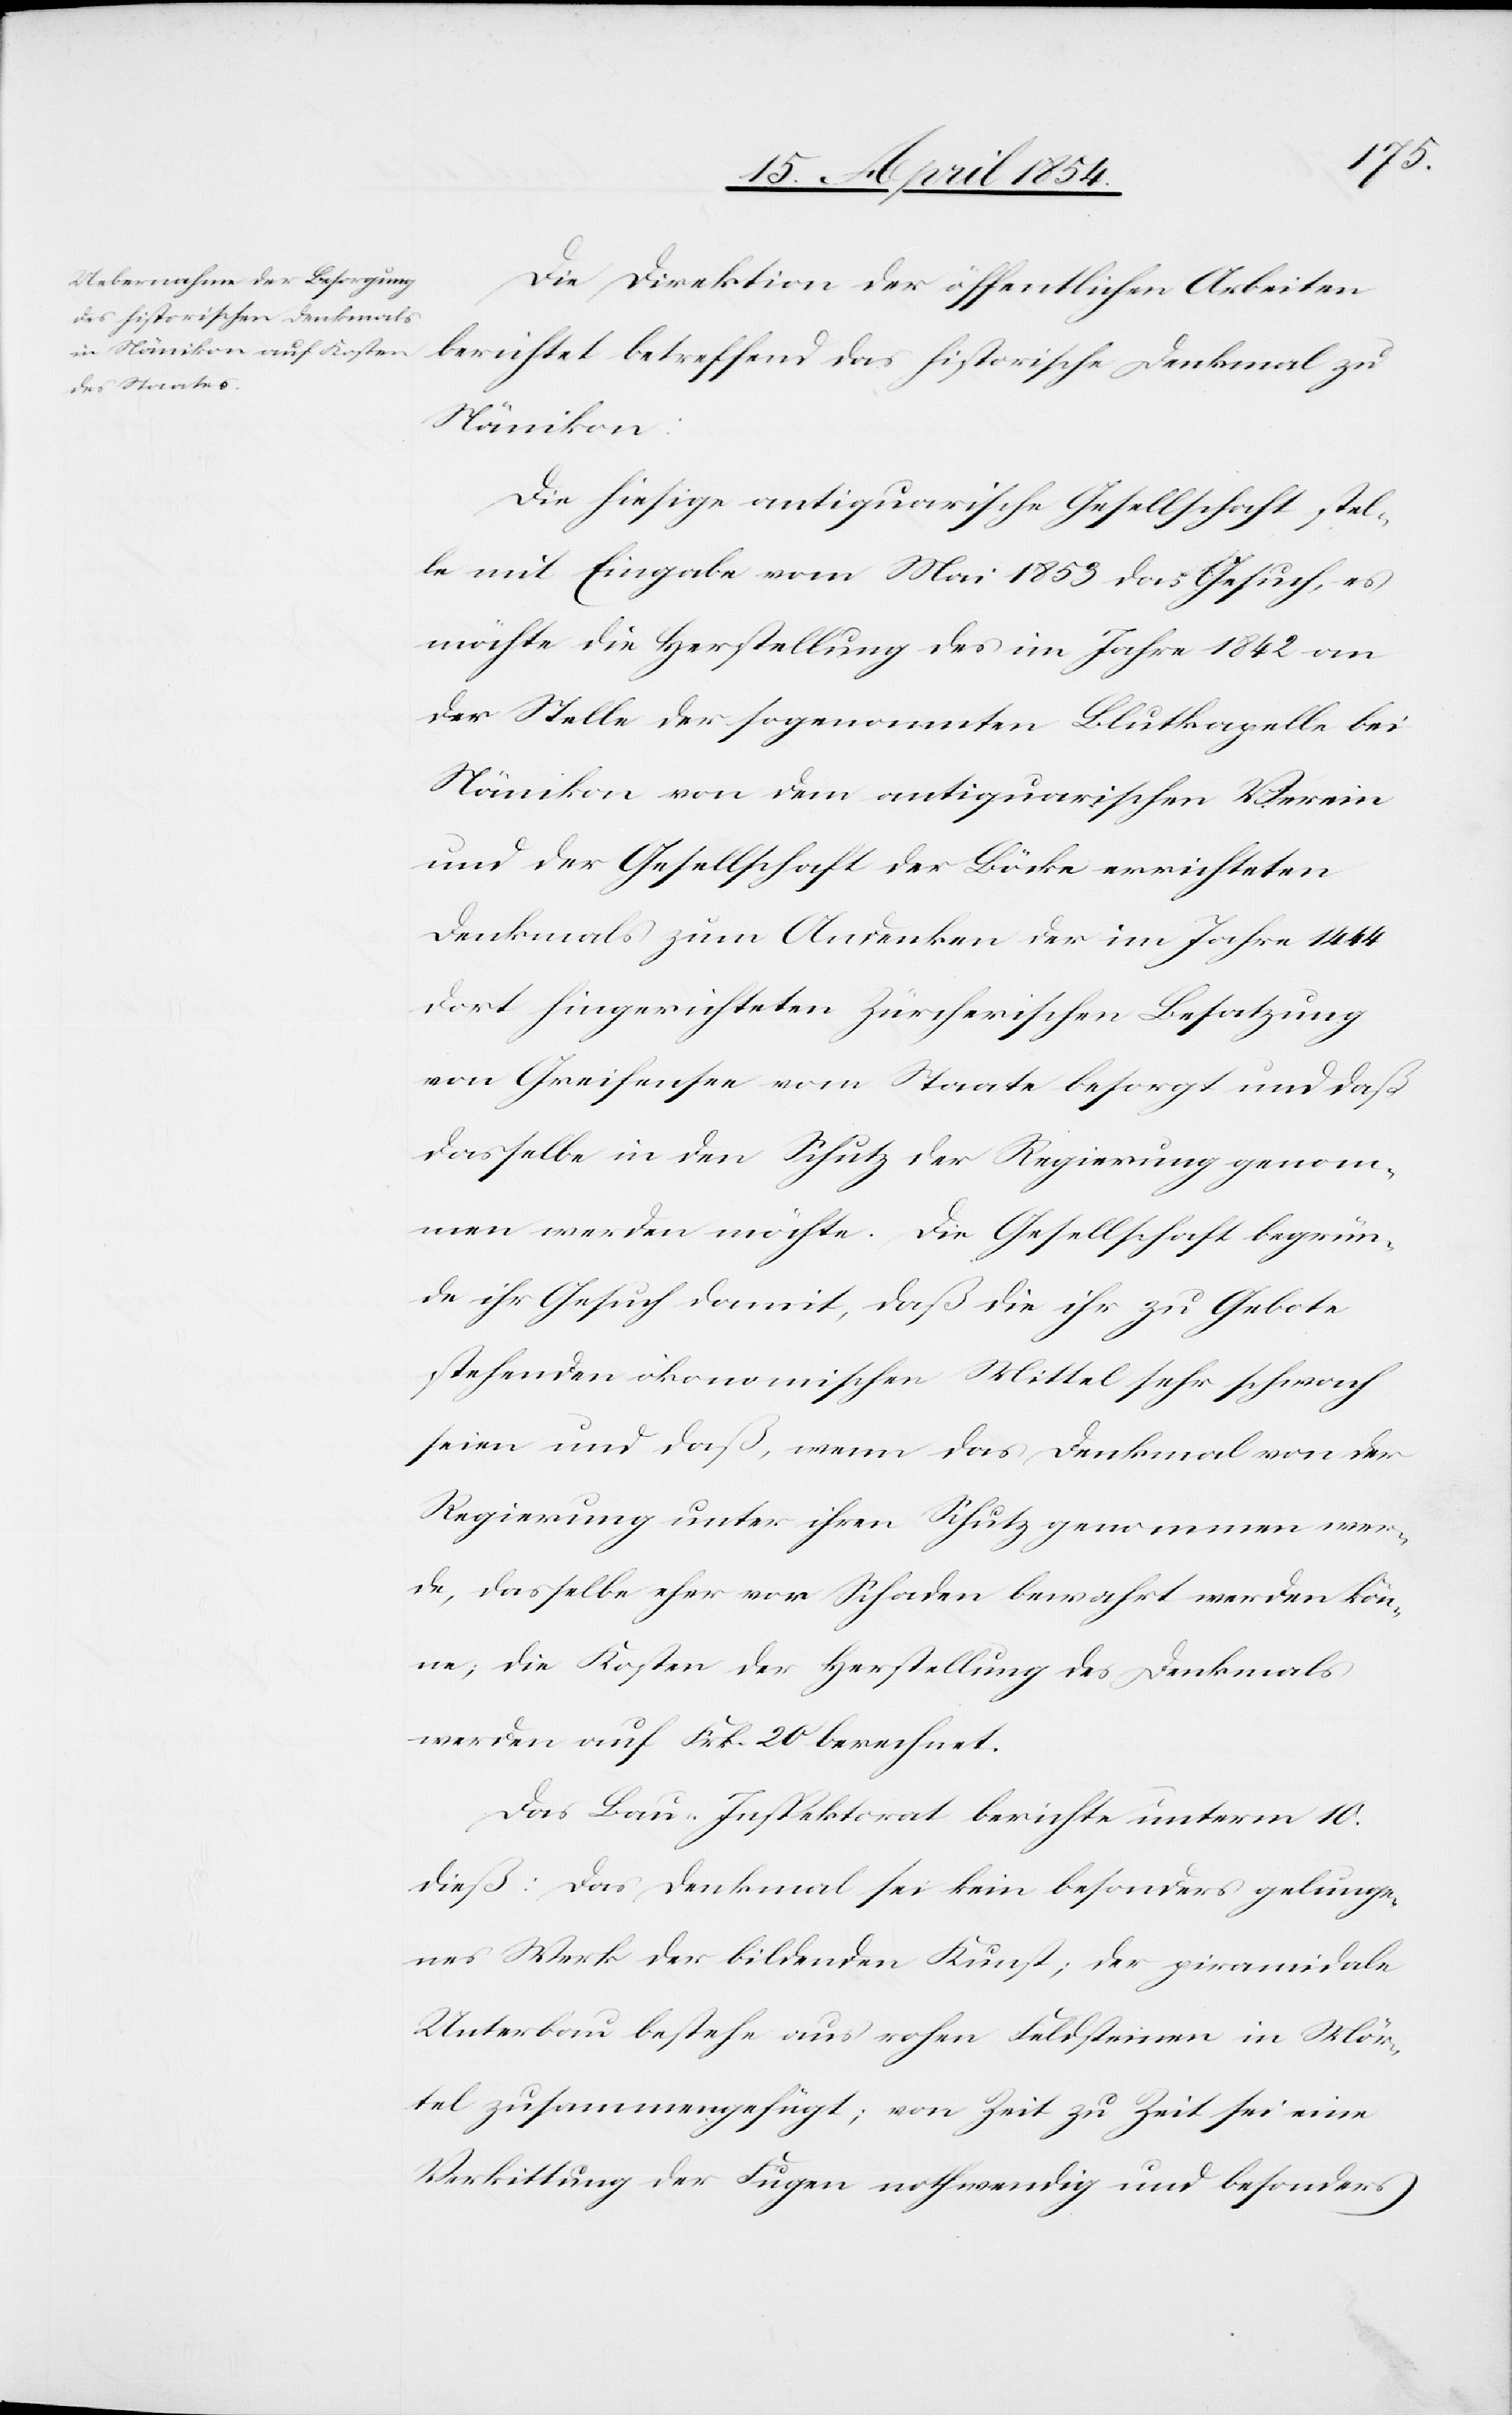
Die Direktion der öffentlichen Arbeiten
berichtet betreffend das historische Denkmal zu
Nänikon:
Die hiesige antiquarische Gesellschaft stel¬
le mit Eingabe vom Mai 1853 das Gesuch, es
möchte die Herstellung des im Jahre 1842 an
der Stelle der sogenannten Blutkapelle bei
Nänikon von dem antiquarischen Verein
und der Gesellschaft der Böcke errichteten
Denkmals zum Andenken der im Jahre 1444
dort hingerichteten Zürcherischen Besatzung
von Greifensee vom Staate besorgt und daß
dasselbe in den Schutz der Regierung genom¬
men werden möchte. Die Gesellschaft begrün¬
de ihr Gesuch damit, daß die ihr zu Gebote
stehenden ökonomischen Mittel sehr schwach
seien und daß, wenn das Denkmal von der
Regierung unter ihren Schutz genommen,
könne; die Kosten der Herstellung des Denkmals
werden auf Frk. 20 berechnet.
Das Bau-Inspektorat berichte unterm 10.
dieß: Das Denkmal sei kein besonders gelunge¬
nes Werk der bildenden Kunst; der piramidale
Unterbau bestehe aus rohen Feldsteinen in Mör¬
tel zusammengefügt; von Zeit zu Zeit sei eine
Verkittung der Fugen nothwendig und besonders